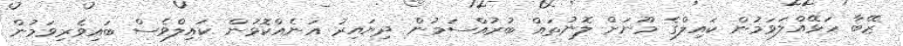
ޒޭބާ ހަޅޭއްލަވަމުން ކައިލްގެ މޫނަށް ލޮނުތައް ބުރުއްސަމުން ދިޔައިރު އަނެއްކޮޅުން ކައިލްވެސް ބައިވެރިވަމުން